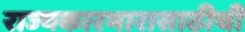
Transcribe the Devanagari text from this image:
राज्यकारभारासाठीची